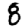
Digit: 8